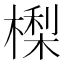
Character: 𣙔